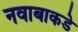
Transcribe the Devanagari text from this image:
नवाबाकडे